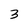
Character: 3